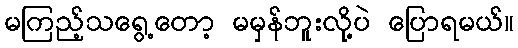
မကြည့်သရွေ့တော့ မမှန်ဘူးလို့ပဲ ပြောရမယ်။